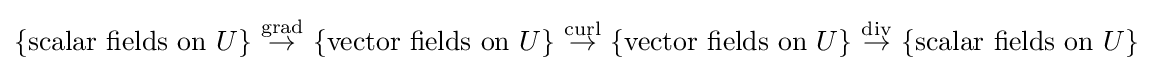
\{{\text{scalar fields on }}U\}~{\overset {\operatorname {grad} }{\rightarrow }}~\{{\text{vector fields on }}U\}~{\overset {\operatorname {curl} }{\rightarrow }}~\{{\text{vector fields on }}U\}~{\overset {\operatorname {div} }{\rightarrow }}~\{{\text{scalar fields on }}U\}